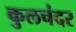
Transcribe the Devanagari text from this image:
कुलचंदर